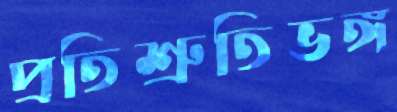
প্রতিশ্রুতিভঙ্গ